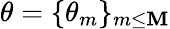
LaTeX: \theta=\{ \theta_{m}\} _{m\leq\mathbf{M}}